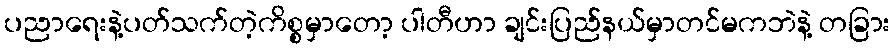
ပညာရေးနဲ့ပတ်သက်တဲ့ကိစ္စမှာတော့ ပါတီဟာ ချင်းပြည်နယ်မှာတင်မကဘဲနဲ့ တခြား